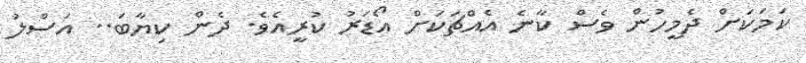
ކަމަކަށް ދެމީހުން ވެސް ކާނެ އެއްޗަކަށް އޯޑަރު ކުރީއެވެ. ދެން ކިޔާބަ.. އަސްލު